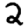
Digit: 2